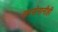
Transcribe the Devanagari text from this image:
सरसेनानीही